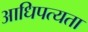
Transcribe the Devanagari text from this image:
आधिपत्यता